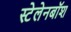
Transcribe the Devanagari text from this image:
स्टेलेनबॉश